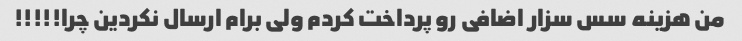
من هزینه سس سزار اضافی رو پرداخت کردم ولی برام ارسال نکردین چرا!!!!!